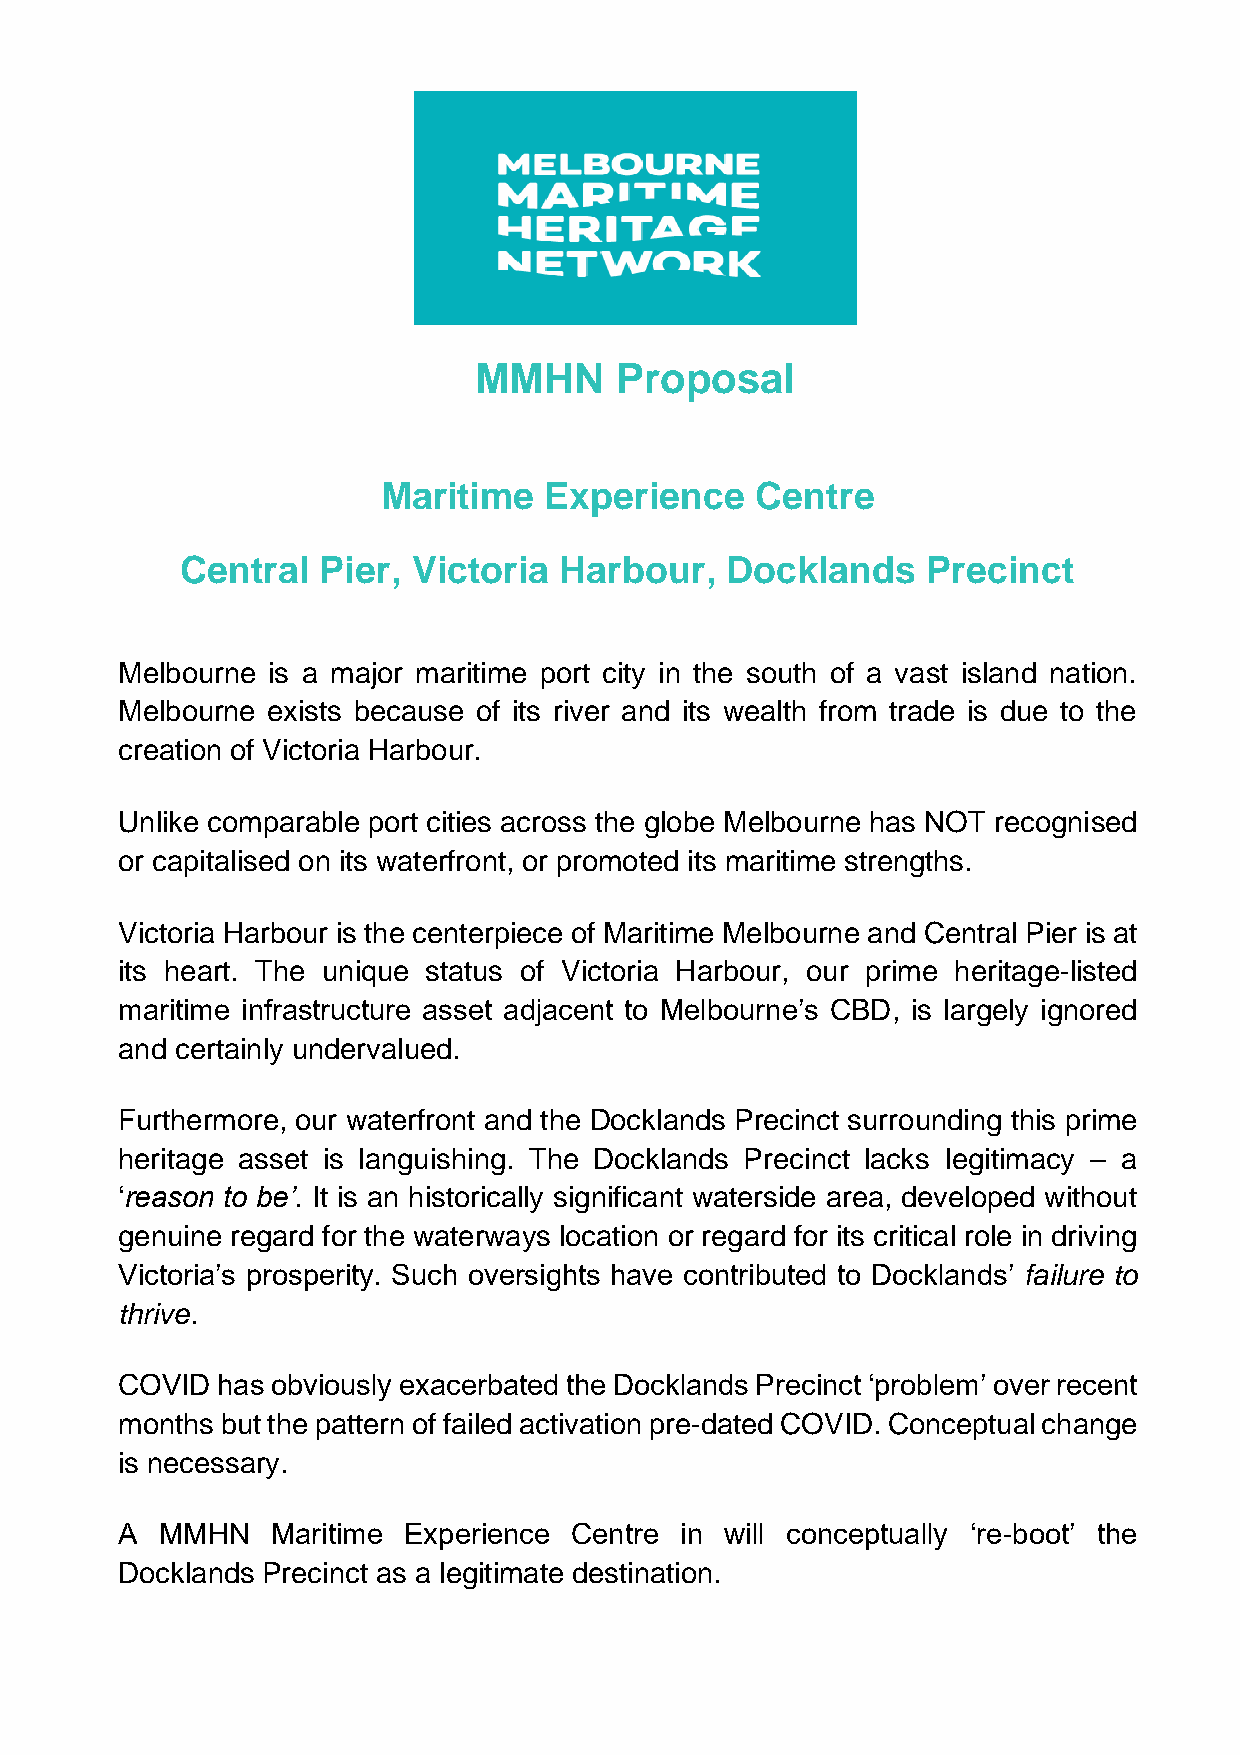
MMHN      Proposal
 Maritime   Experience    Centre
 Central  Pier, Victoria  Harbour,   Docklands    Precinct
 Melbourne is a major maritime port city in the south of a vast island nation.
 Melbourne exists because of its river and its wealth from trade is due to the
 creation of Victoria Harbour.
 Unlike comparable port cities across the globe Melbourne has NOT recognised
 or capitalised on its waterfront, or promoted its maritime strengths.
 Victoria Harbour is the centerpiece of Maritime Melbourne and Central Pier is at
 its heart. The unique status of Victoria Harbour, our prime heritage-listed
 maritime infrastructure asset adjacent to Melbourne’s CBD, is largely ignored
 and certainly undervalued.
 Furthermore, our waterfront and the Docklands Precinct surrounding this prime
 heritage asset is languishing. The Docklands Precinct lacks legitimacy – a
 ‘reason to be’. It is an historically significant waterside area, developed without
 genuine regard for the waterways location or regard for its critical role in driving
 Victoria’s prosperity. Such oversights have contributed to Docklands’ failure to
 thrive.
 COVID has obviously exacerbated the Docklands Precinct ‘problem’ over recent
 months but the pattern of failed activation pre-dated COVID. Conceptual change
 is necessary.
 A  MMHN   Maritime Experience Centre in will conceptually ‘re-boot’ the
 Docklands Precinct as a legitimate destination.